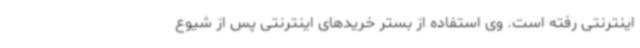
اینترنتی رفته است. وی استفاده از بستر خریدهای اینترنتی پس از شیوع